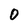
Character: 0